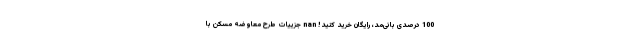
100 درصدی بانی‌مد، رایگان خرید کنید! nan جزییات طرح معاوضه مسکن با